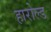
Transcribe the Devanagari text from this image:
हारोल्ड